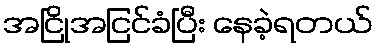
အငြိုအငြင်ခံပြီး နေခဲ့ရတယ်